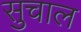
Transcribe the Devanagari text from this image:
सुचाल